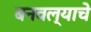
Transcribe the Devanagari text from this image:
बनवल्याचे